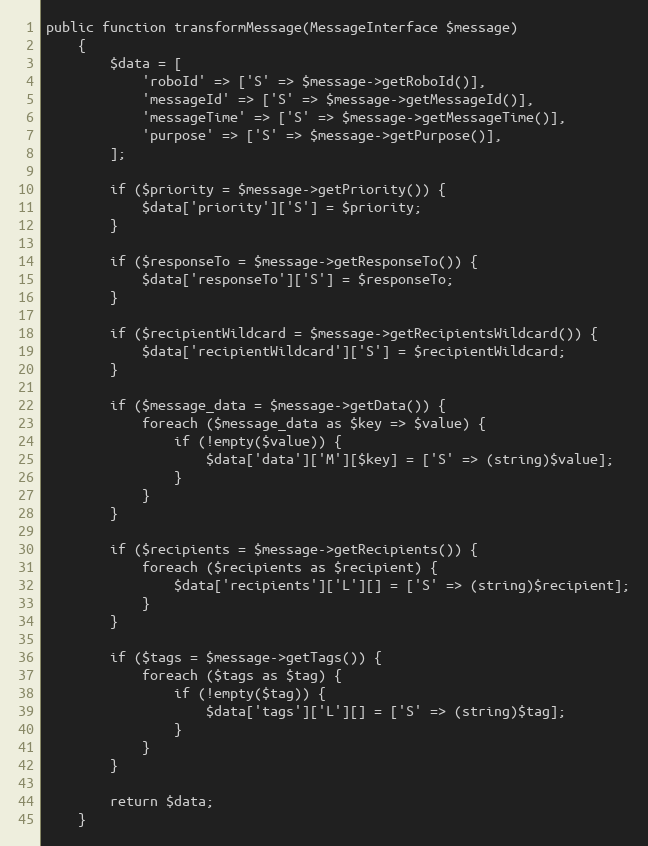
Language: PHP
public function transformMessage(MessageInterface $message)
    {
        $data = [
            'roboId' => ['S' => $message->getRoboId()],
            'messageId' => ['S' => $message->getMessageId()],
            'messageTime' => ['S' => $message->getMessageTime()],
            'purpose' => ['S' => $message->getPurpose()],
        ];

        if ($priority = $message->getPriority()) {
            $data['priority']['S'] = $priority;
        }

        if ($responseTo = $message->getResponseTo()) {
            $data['responseTo']['S'] = $responseTo;
        }

        if ($recipientWildcard = $message->getRecipientsWildcard()) {
            $data['recipientWildcard']['S'] = $recipientWildcard;
        }

        if ($message_data = $message->getData()) {
            foreach ($message_data as $key => $value) {
                if (!empty($value)) {
                    $data['data']['M'][$key] = ['S' => (string)$value];
                }
            }
        }

        if ($recipients = $message->getRecipients()) {
            foreach ($recipients as $recipient) {
                $data['recipients']['L'][] = ['S' => (string)$recipient];
            }
        }

        if ($tags = $message->getTags()) {
            foreach ($tags as $tag) {
                if (!empty($tag)) {
                    $data['tags']['L'][] = ['S' => (string)$tag];
                }
            }
        }

        return $data;
    }